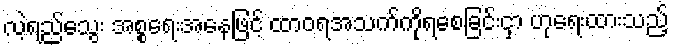
လဲ့ရည်သွေး အစ္စရေးအနေဖြင့် ထာဝရအသက်ကိုရစေခြင်းငှာ ဟုရေးထားသည့်